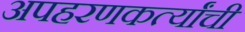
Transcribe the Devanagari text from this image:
अपहरणकर्त्यांची